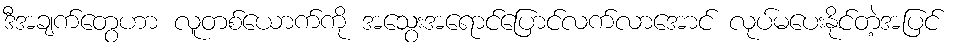
ဒီအချက်တွေဟာ လူတစ်ယောက်ကို အသွေးအရောင်ပြောင်လက်လာအောင် လုပ်မပေးနိုင်တဲ့အပြင်